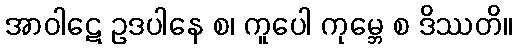
အာဝါဋေ ဥဒပါနေ စ၊ ကူပေါ ကုမ္ဘေ စ ဒိဿတိ။